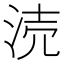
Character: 涜